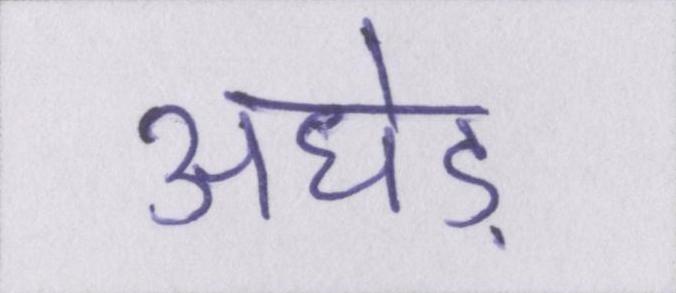
अधेड़